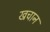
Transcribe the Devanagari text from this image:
खचान